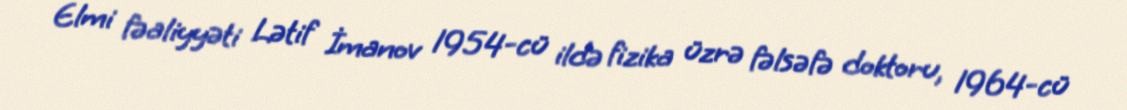
Elmi fəaliyyəti Lətif İmanov 1954-cü ildə fizika üzrə fəlsəfə doktoru, 1964-cü